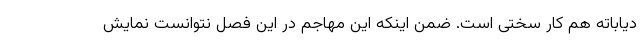
دیاباته هم کار سختی است. ضمن اینکه این مهاجم در این فصل نتوانست نمایش